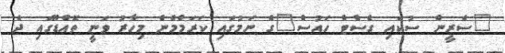
"ސެރީން ސުކައި ގެސްޓް ހައުސް"ގެ ނަމުގައި ކަރަމްމެން މިހާރު ވަނީ ތޮއްޑޫގައި ދެ